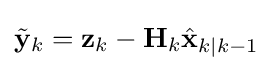
{\tilde {\mathbf {y} }}_{k}=\mathbf {z} _{k}-\mathbf {H} _{k}{\hat {\mathbf {x} }}_{k\mid k-1}